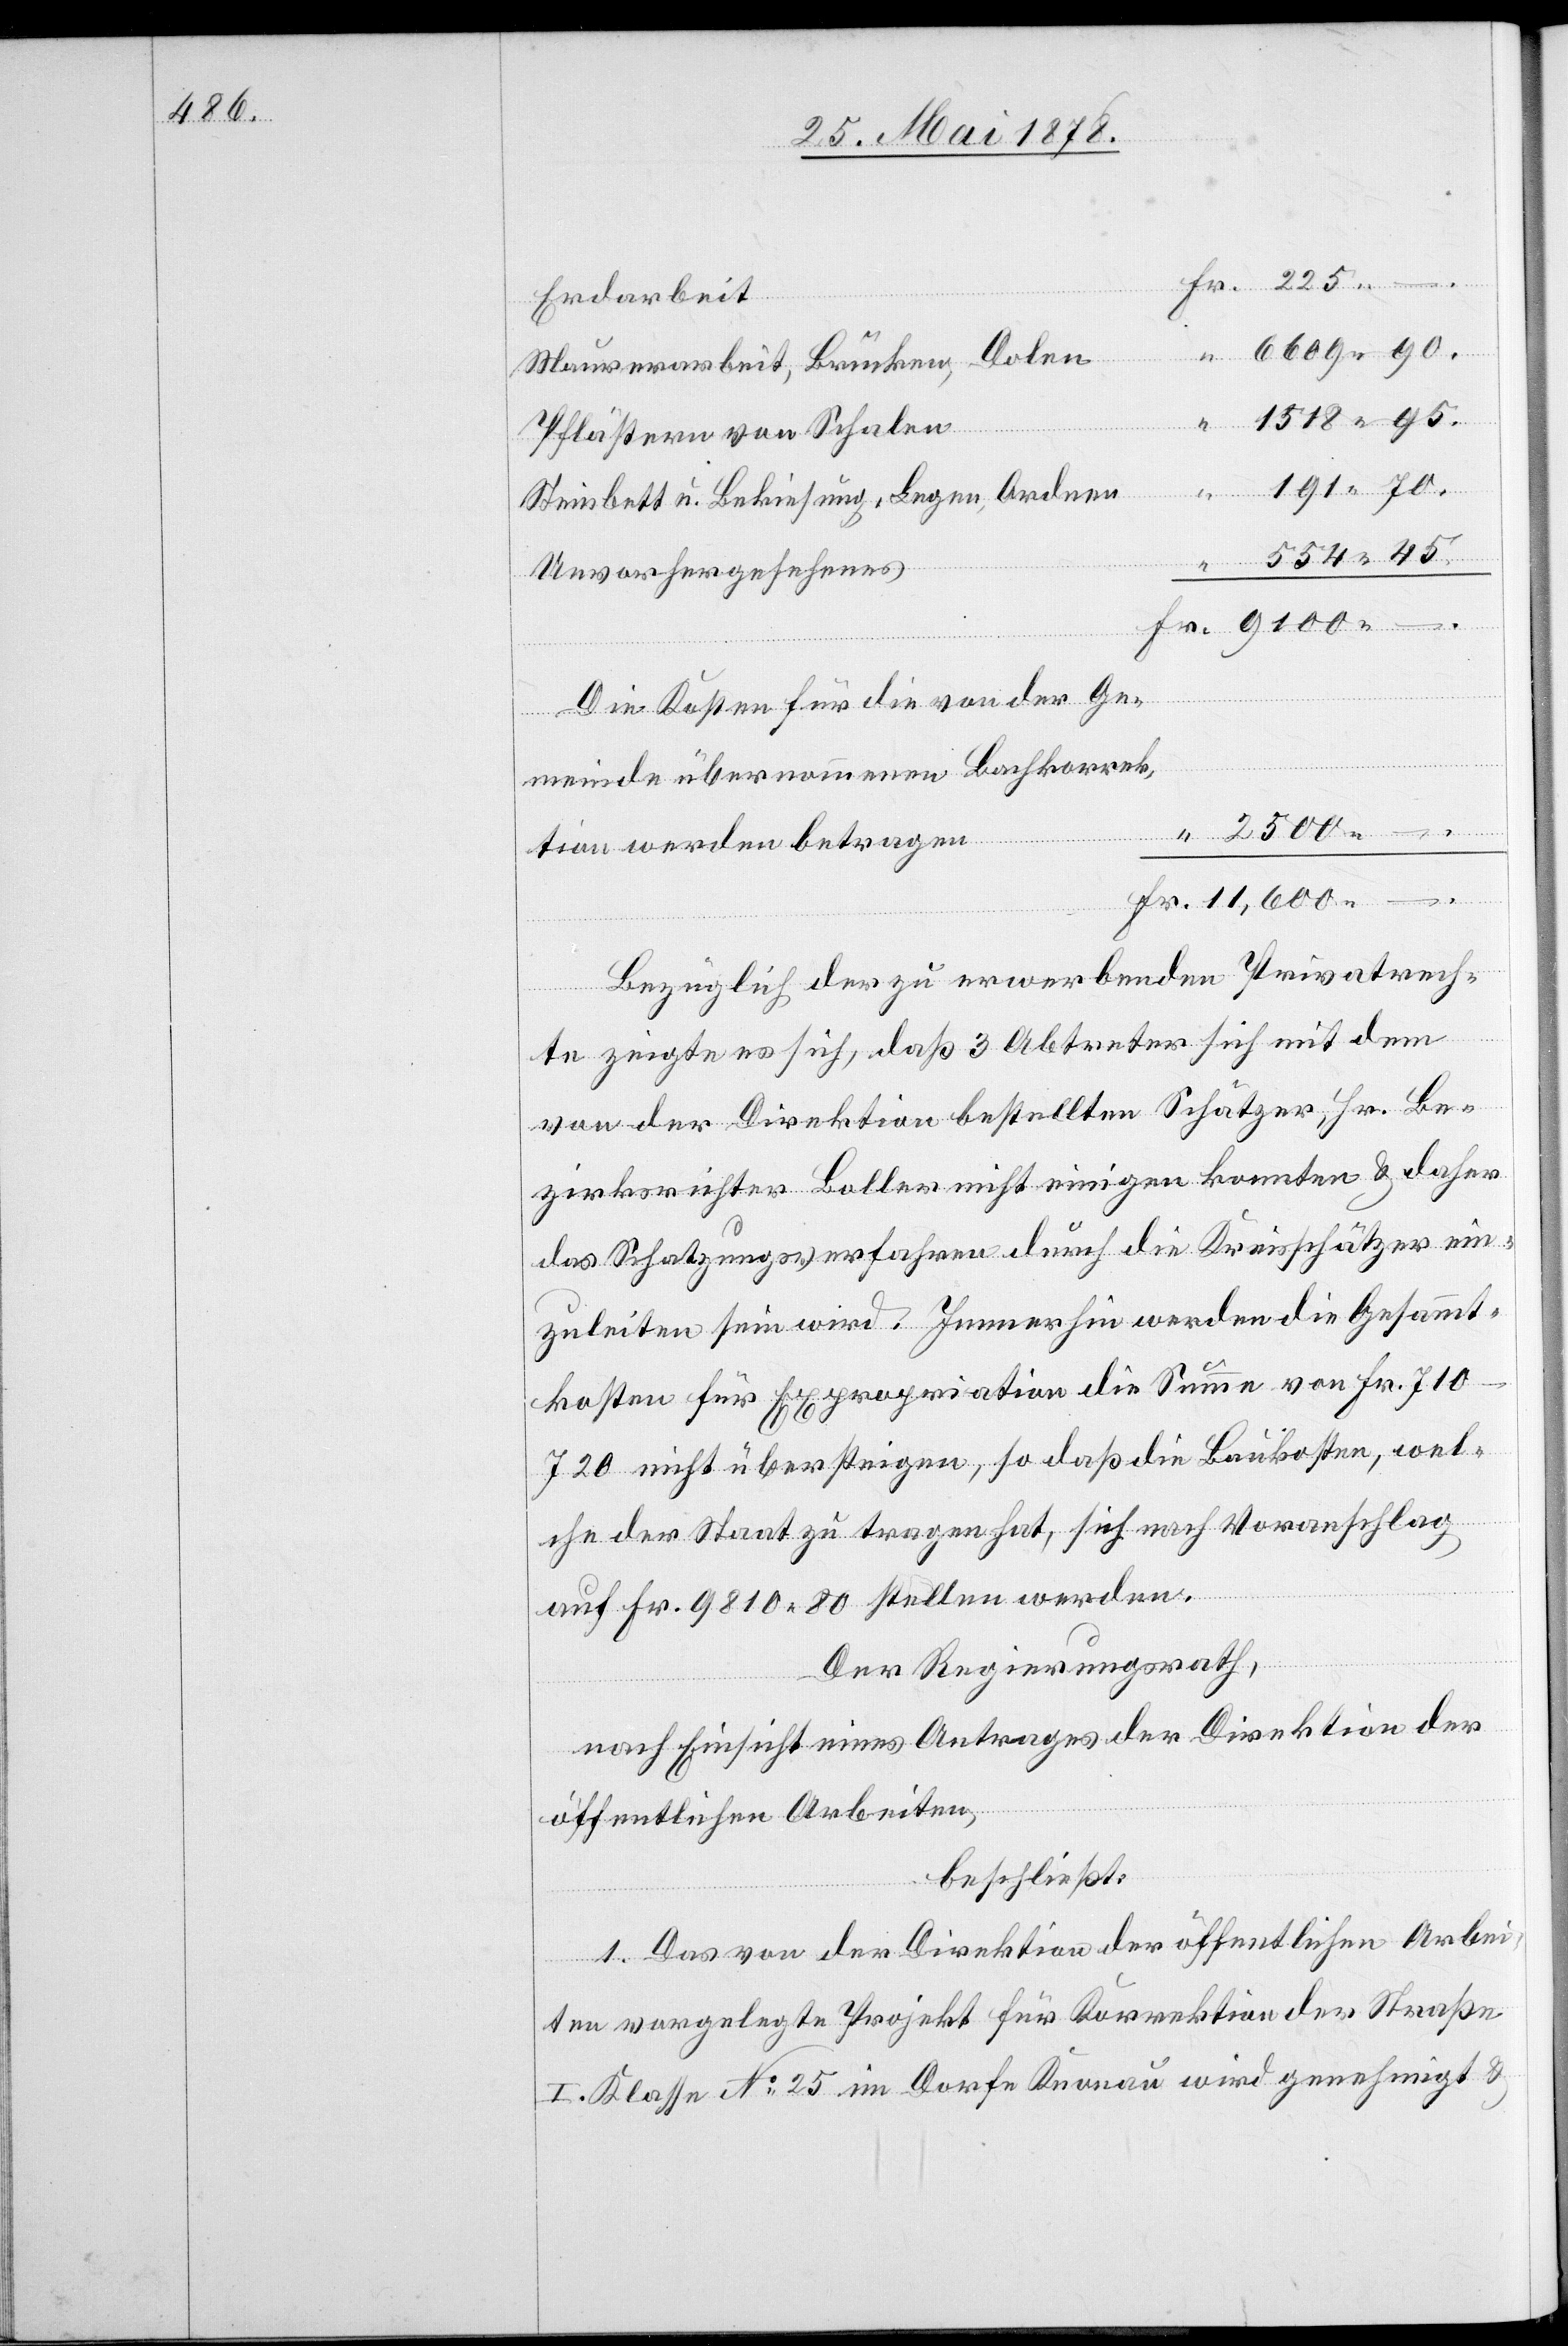
Erdarbeit
Maurerarbeit, Brücke, Dolen
– .
Pflästern von Schalen
Steinbett u. Bekiesung, Legen, Ordnen
Unvorhergesehenes
Die Kosten für die von der Ge¬
meinde übernommene Bachkorrek¬
Bezüglich der zu erwerbenden Privatrech¬
Fr.
te zeigte es sich, dass 3 Abtreter sich mit dem
von der Direktion bestellten Schätzer, Hr. Be¬
zirksrichter Boller nicht einigen konnten & daher
das Schatzungsverfahren durch die Kreisschätzer ein¬
zuleiten sein wird. Immerhin werden die Gesammt¬
kosten für Expropriation die Summe von Fr.
710–720 nicht übersteigen, so dass die Baukosten, wel¬
che der Staat zu tragen hat, sich nach Voranschlag
auf Fr. 9810 80 stellen werden.
Der Regierungsrath,
nach Einsicht eines Antrages der Direktion der
öffentlichen Arbeiten,
beschließt:
1. Das von der Direktion der öffentlichen Arbei¬
ten vorgelegte Projekt für Korrektion der Straße
I. Klasse No 25 im Dorfe Knonau wird genehmigt &